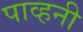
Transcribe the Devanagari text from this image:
पाव्हनी